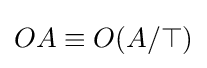
OA\equiv O(A/\top )